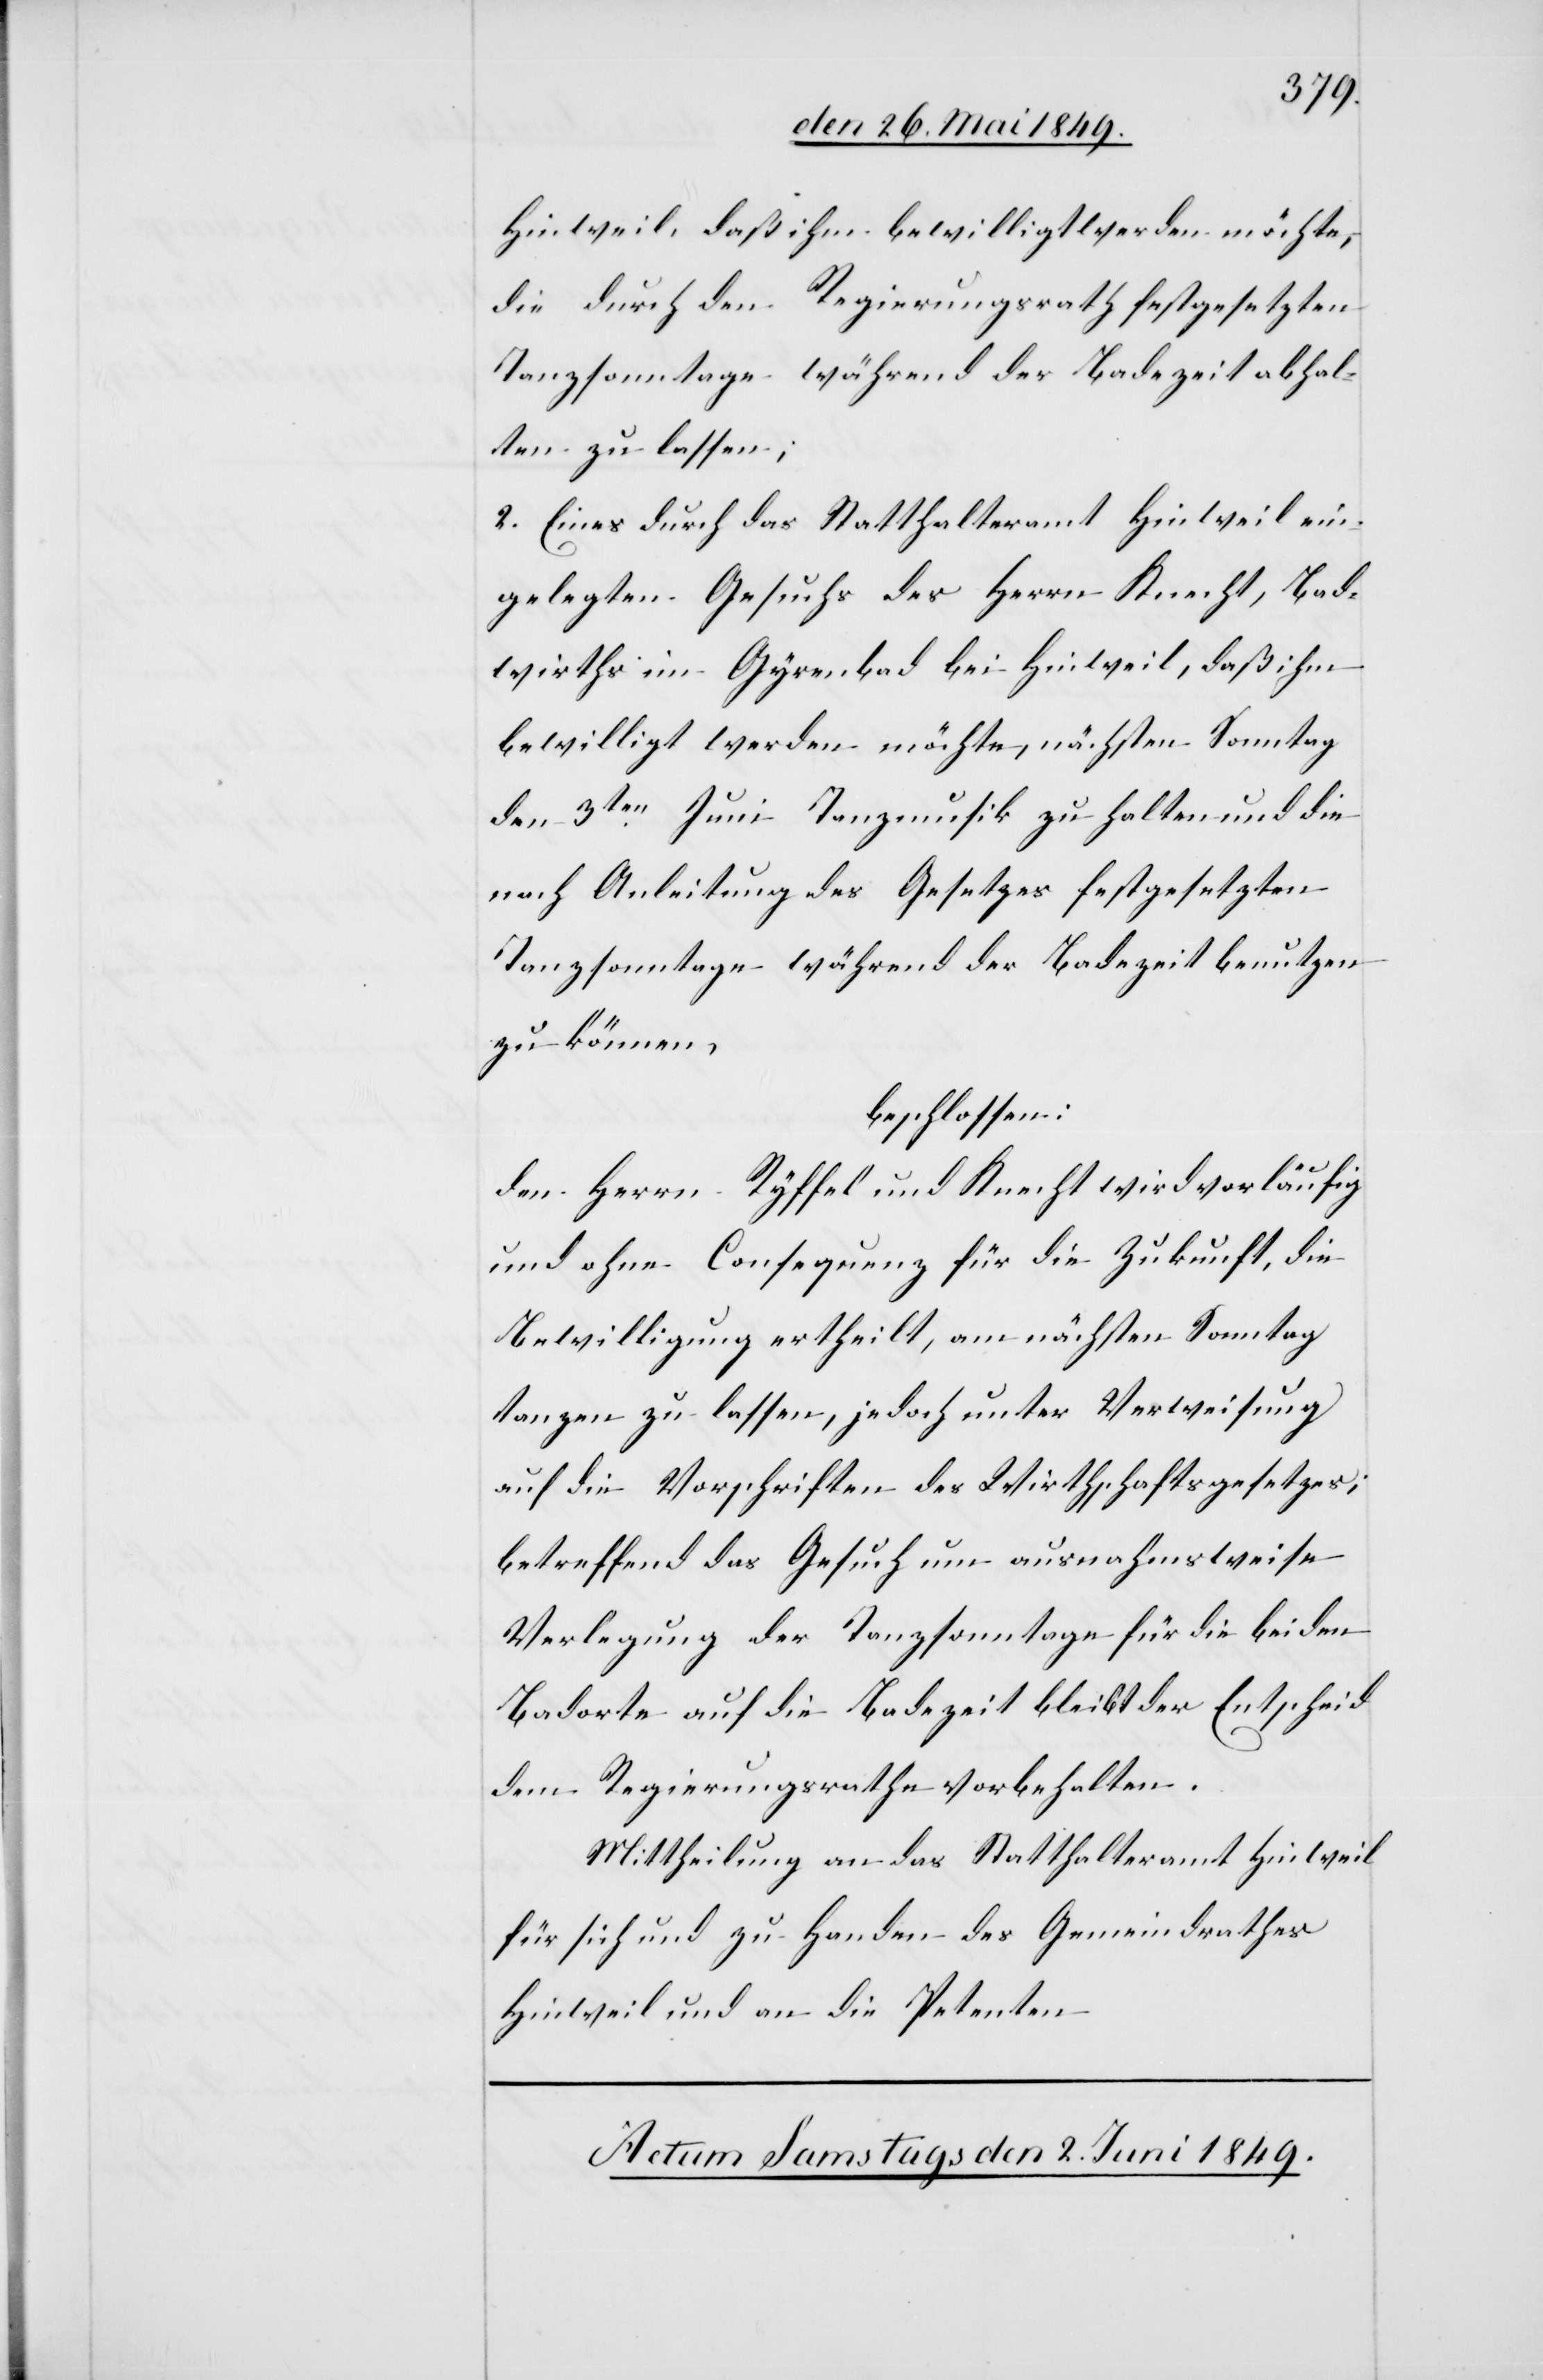
Hinweil, daß ihm bewilligt werden möchte,
die durch den Regierungsrath festgesetzten
Tanzsonntage während der Badezeit abhal¬
ten zu lassen;
2. Eines durch das Statthalteramt Hinweil ein¬
gelegten Gesuchs des Herrn Knecht, Bad¬
wirths im Gyrenbad bei Hinweil, daß ihm
bewilligt werden möchte, nächsten Sonntag
den 3ten Juni Tanzmusik zu halten und die
nach Anleitung des Gesetzes festgesetzten
Tanzsonntage während der Badezeit benutzen
zu können,
beschlossen:
den Herrn Ryffel und Knecht wird vorläufig
und ohne Conferenz für die Zukunft, die
Bewilligung ertheilt, am nächsten Sonntag
tanzen zu lassen, jedoch unter Verweisung
auf die Vorschriften des Wirthschaftsgesetzes;
betreffend das Gesuch um ausnahmsweise
Verlegung der Tanzsonntage für die beiden
Badorte auf die Badezeit bleibt der Entscheid
dem Regierungsrathe vorbehalten.
Mittheilung an das Statthalteramt Hinweil
für sich und zu Handen des Gemeindrathes
Hinweil und an die Petenten.